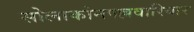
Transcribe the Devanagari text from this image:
सोलाकोनपल्लवारियार